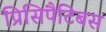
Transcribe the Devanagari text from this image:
प्रिसिपैटिबस